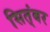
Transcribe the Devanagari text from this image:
सित्ंबर